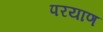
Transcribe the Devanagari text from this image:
परयाण